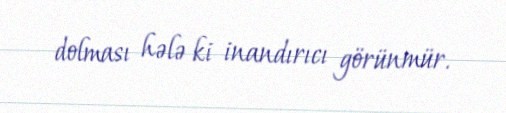
dolması hələ ki inandırıcı görünmür.